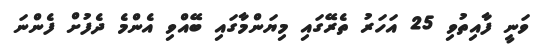
ވަނީ ފާއިތުވި 25 އަހަރު ތެރޭގައި މިޔަންމާގައި ބޭއްވި އެންމެ ދެފުށް ފެންނަ